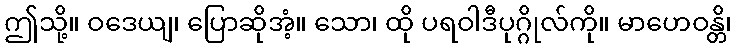
ဤသို့။ ဝဒေယျ၊ ပြောဆိုအံ့။ သော၊ ထို ပရဝါဒီပုဂ္ဂိုလ်ကို။ မာဟေဝန္တိ၊